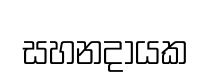
සහනදායක